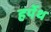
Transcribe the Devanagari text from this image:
हर्पेथ